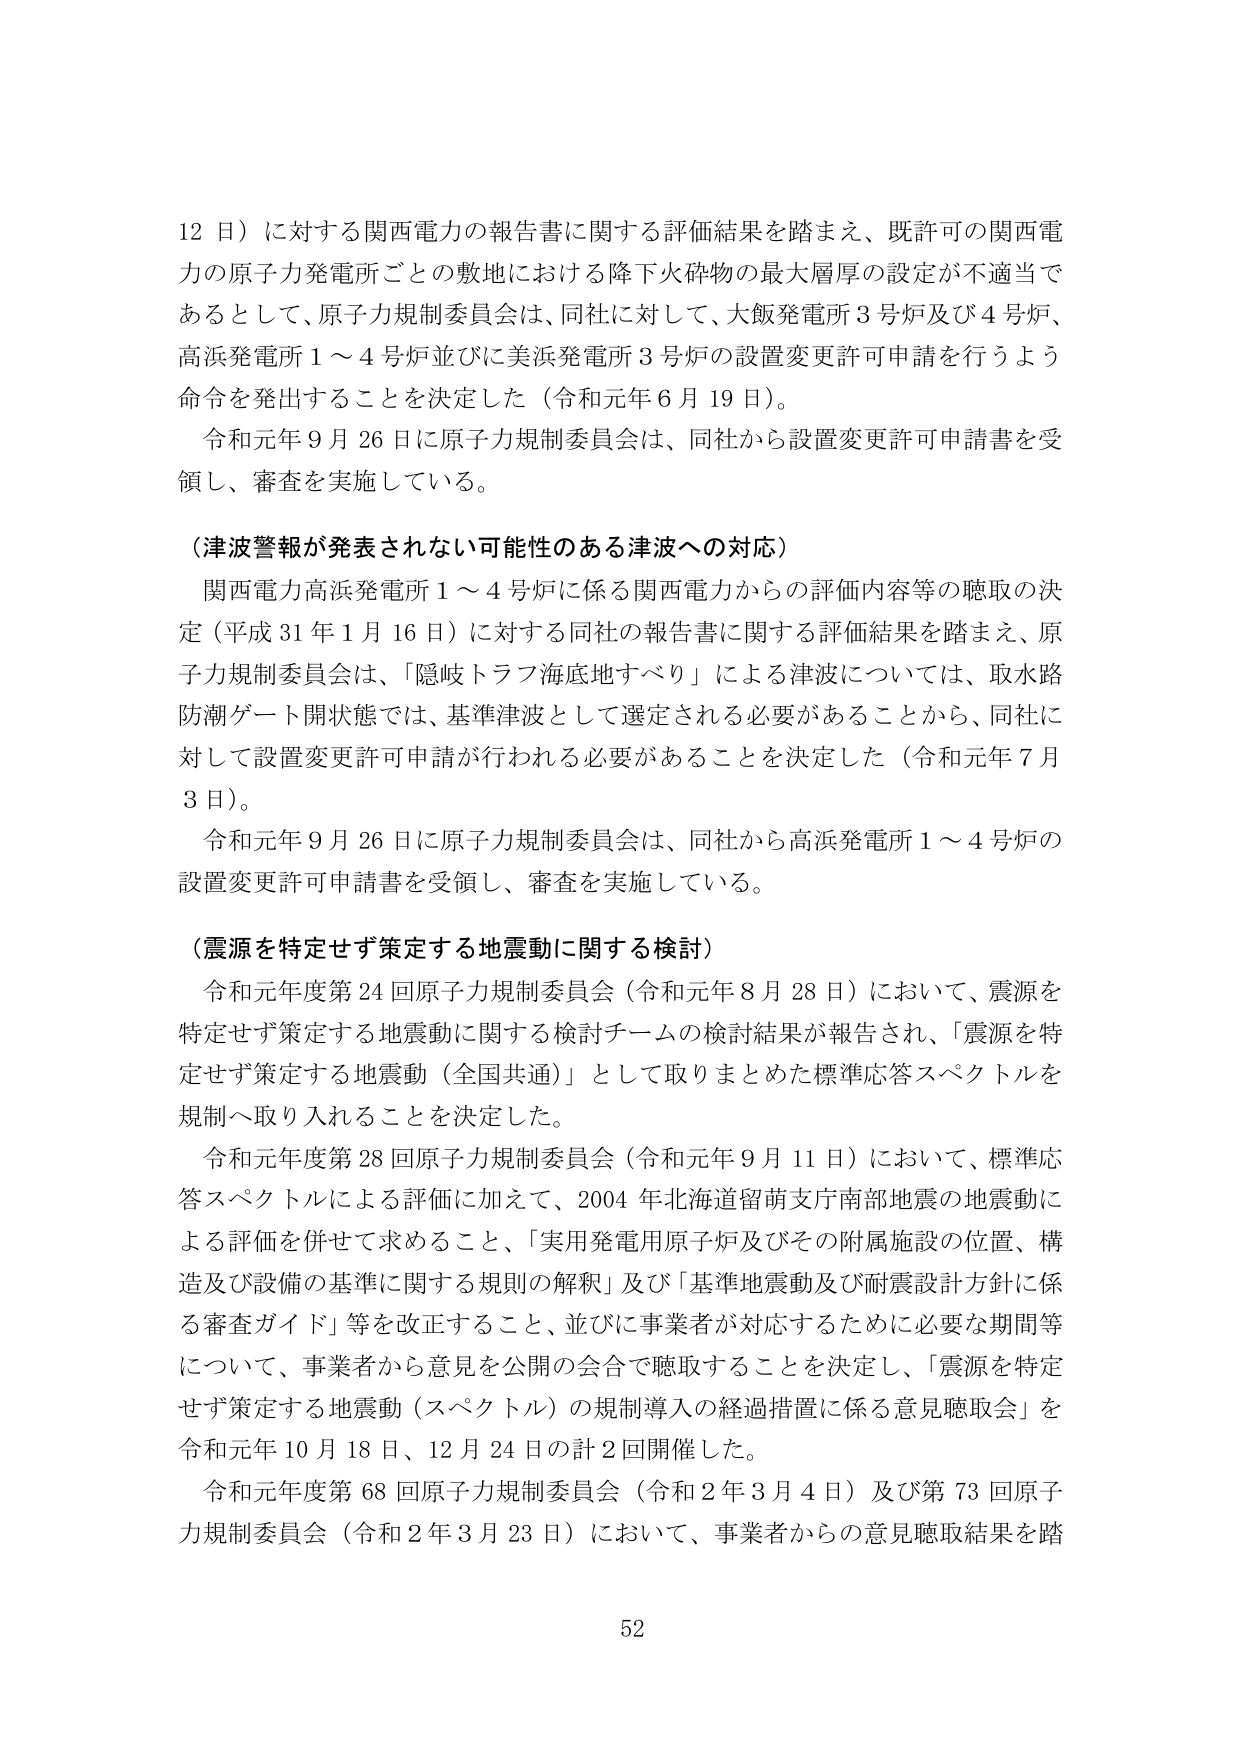
12日）に対する関西電力の報告書に関する評価結果を踏まえ、既許可の関西電力の原子力発電所ごとの敷地における降下火砕物の最大層厚の設定が不適当であるとして、原子力規制委員会は、同社に対して、大飯発電所3号炉及び4号炉、高浜発電所1～4号炉並びに美浜発電所3号炉の設置変更許可申請を行うよう命令を発出することを決定した（令和元年6月19日）。

令和元年9月26日に原子力規制委員会は、同社から設置変更許可申請書を受領し、審査を実施している。

（津波警報が発表されない可能性のある津波への対応）

関西電力高浜発電所1～4号炉に係る関西電力からの評価内容等の聴取の決定（平成31年1月16日）に対する同社の報告書に関する評価結果を踏まえ、原子力規制委員会は、「隠岐トラフ海底地すべり」による津波については、取水路防潮ゲート閉状態では、基準津波として選定される必要があることから、同社に対して設置変更許可申請が行われる必要があることを決定した（令和元年7月3日）。

令和元年9月26日に原子力規制委員会は、同社から高浜発電所1～4号炉の設置変更許可申請書を受領し、審査を実施している。

（震源を特定せず策定する地震動に関する検討）

令和元年度第24回原子力規制委員会（令和元年8月28日）において、震源を特定せず策定する地震動に関する検討チームの検討結果が報告され、「震源を特定せず策定する地震動（全国共通）」として取りまとめた標準応答スペクトルを規制へ取り入れることを決定した。

令和元年度第28回原子力規制委員会（令和元年9月11日）において、標準応答スペクトルによる評価に加えて、2004年北海道留萌支庁南部地震の地震動による評価を併せて求めること、「実用発電用原子炉及びその附属施設の位置、構造及び設備の基準に関する規則の解釈」及び「基準地震動及び耐震設計方針に係る審査ガイド」等を改正すること、並びに事業者が対応するために必要な期間等について、事業者から意見を公開の会合で聴取することを決定し、「震源を特定せず策定する地震動（スペクトル）の規制導入の経過措置に係る意見聴取会」を令和元年10月18日、12月24日の計2回開催した。

令和元年度第68回原子力規制委員会（令和2年3月4日）及び第73回原子力規制委員会（令和2年3月23日）において、事業者からの意見聴取結果を踏

52